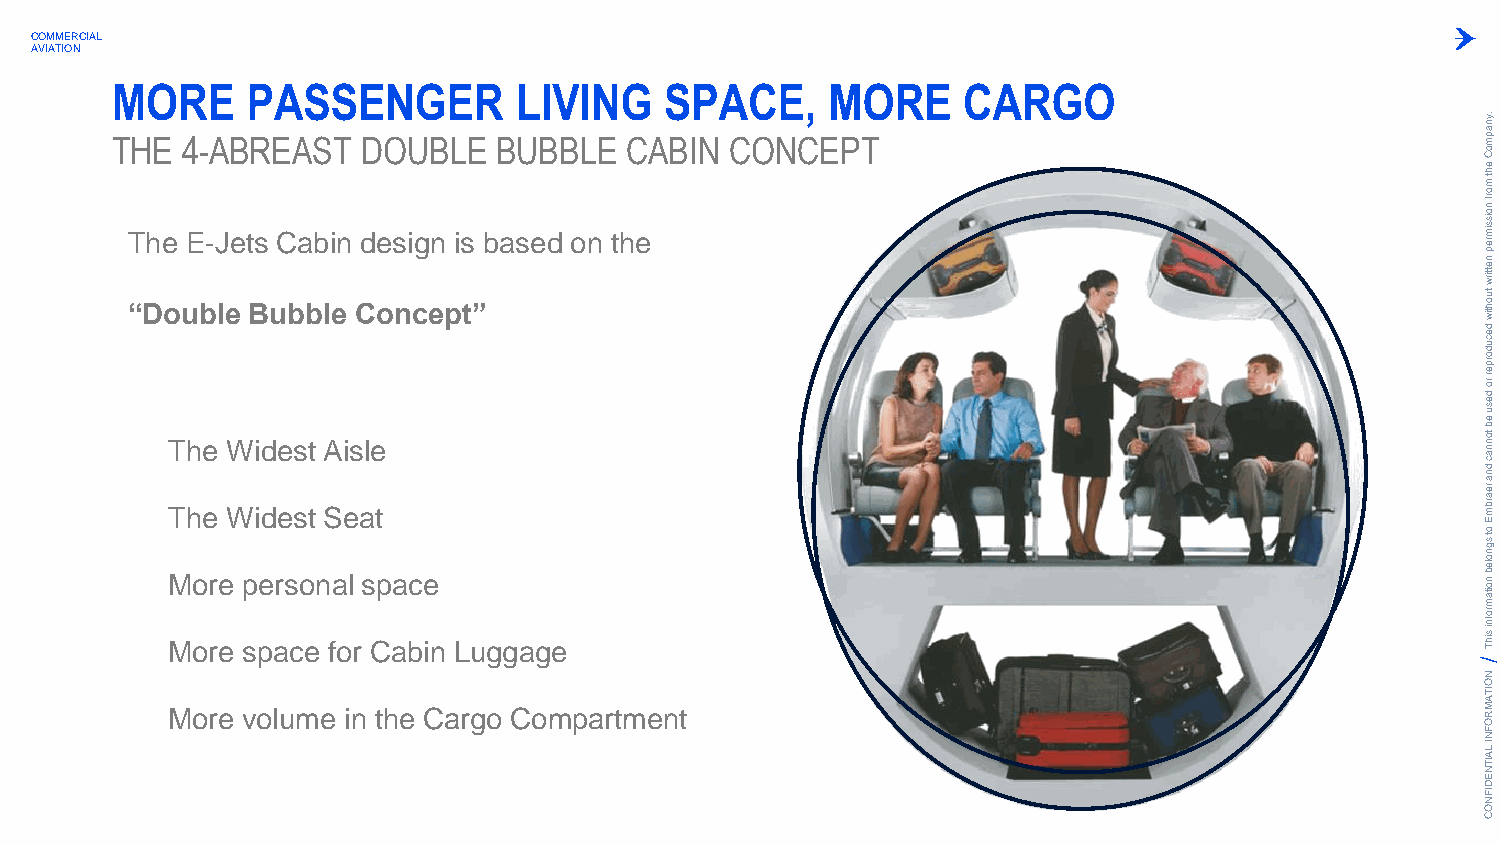
COMMERCIAL
 AVIATION
 MORE     PASSENGER         LIVING    SPACE,     MORE     CARGO
 THE  4-ABREAST   DOUBLE   BUBBLE  CABIN  CONCEPT
 .ynapm
 oC
 eht
 m
 The E-Jets Cabin design is based on the
 orf
 noissim
 rep
 nettirw
 “Double Bubble  Concept”
 tuohtiw
 T Th he
 e
 W Wi id de es st
 t
 A Si es ale
 t
 decudorper
 ro
 desu
 eb
 tonnac
 dna
 rearbm
 E
 More personal space
 ot
 sgnoleb
 noitam
 More space for Cabin Luggage
 rofni
 sihT
 N
 O
 ITA
 More volume in the Cargo Compartment                                                   M R
 O
 F
 N
 I LA
 IT
 N
 E
 D
 IF
 N
 O
 C